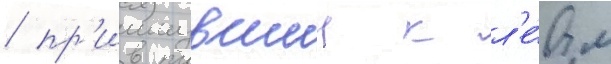
/ пр'имкнувшии к л'е́вым